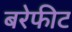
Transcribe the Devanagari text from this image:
बरेफीट